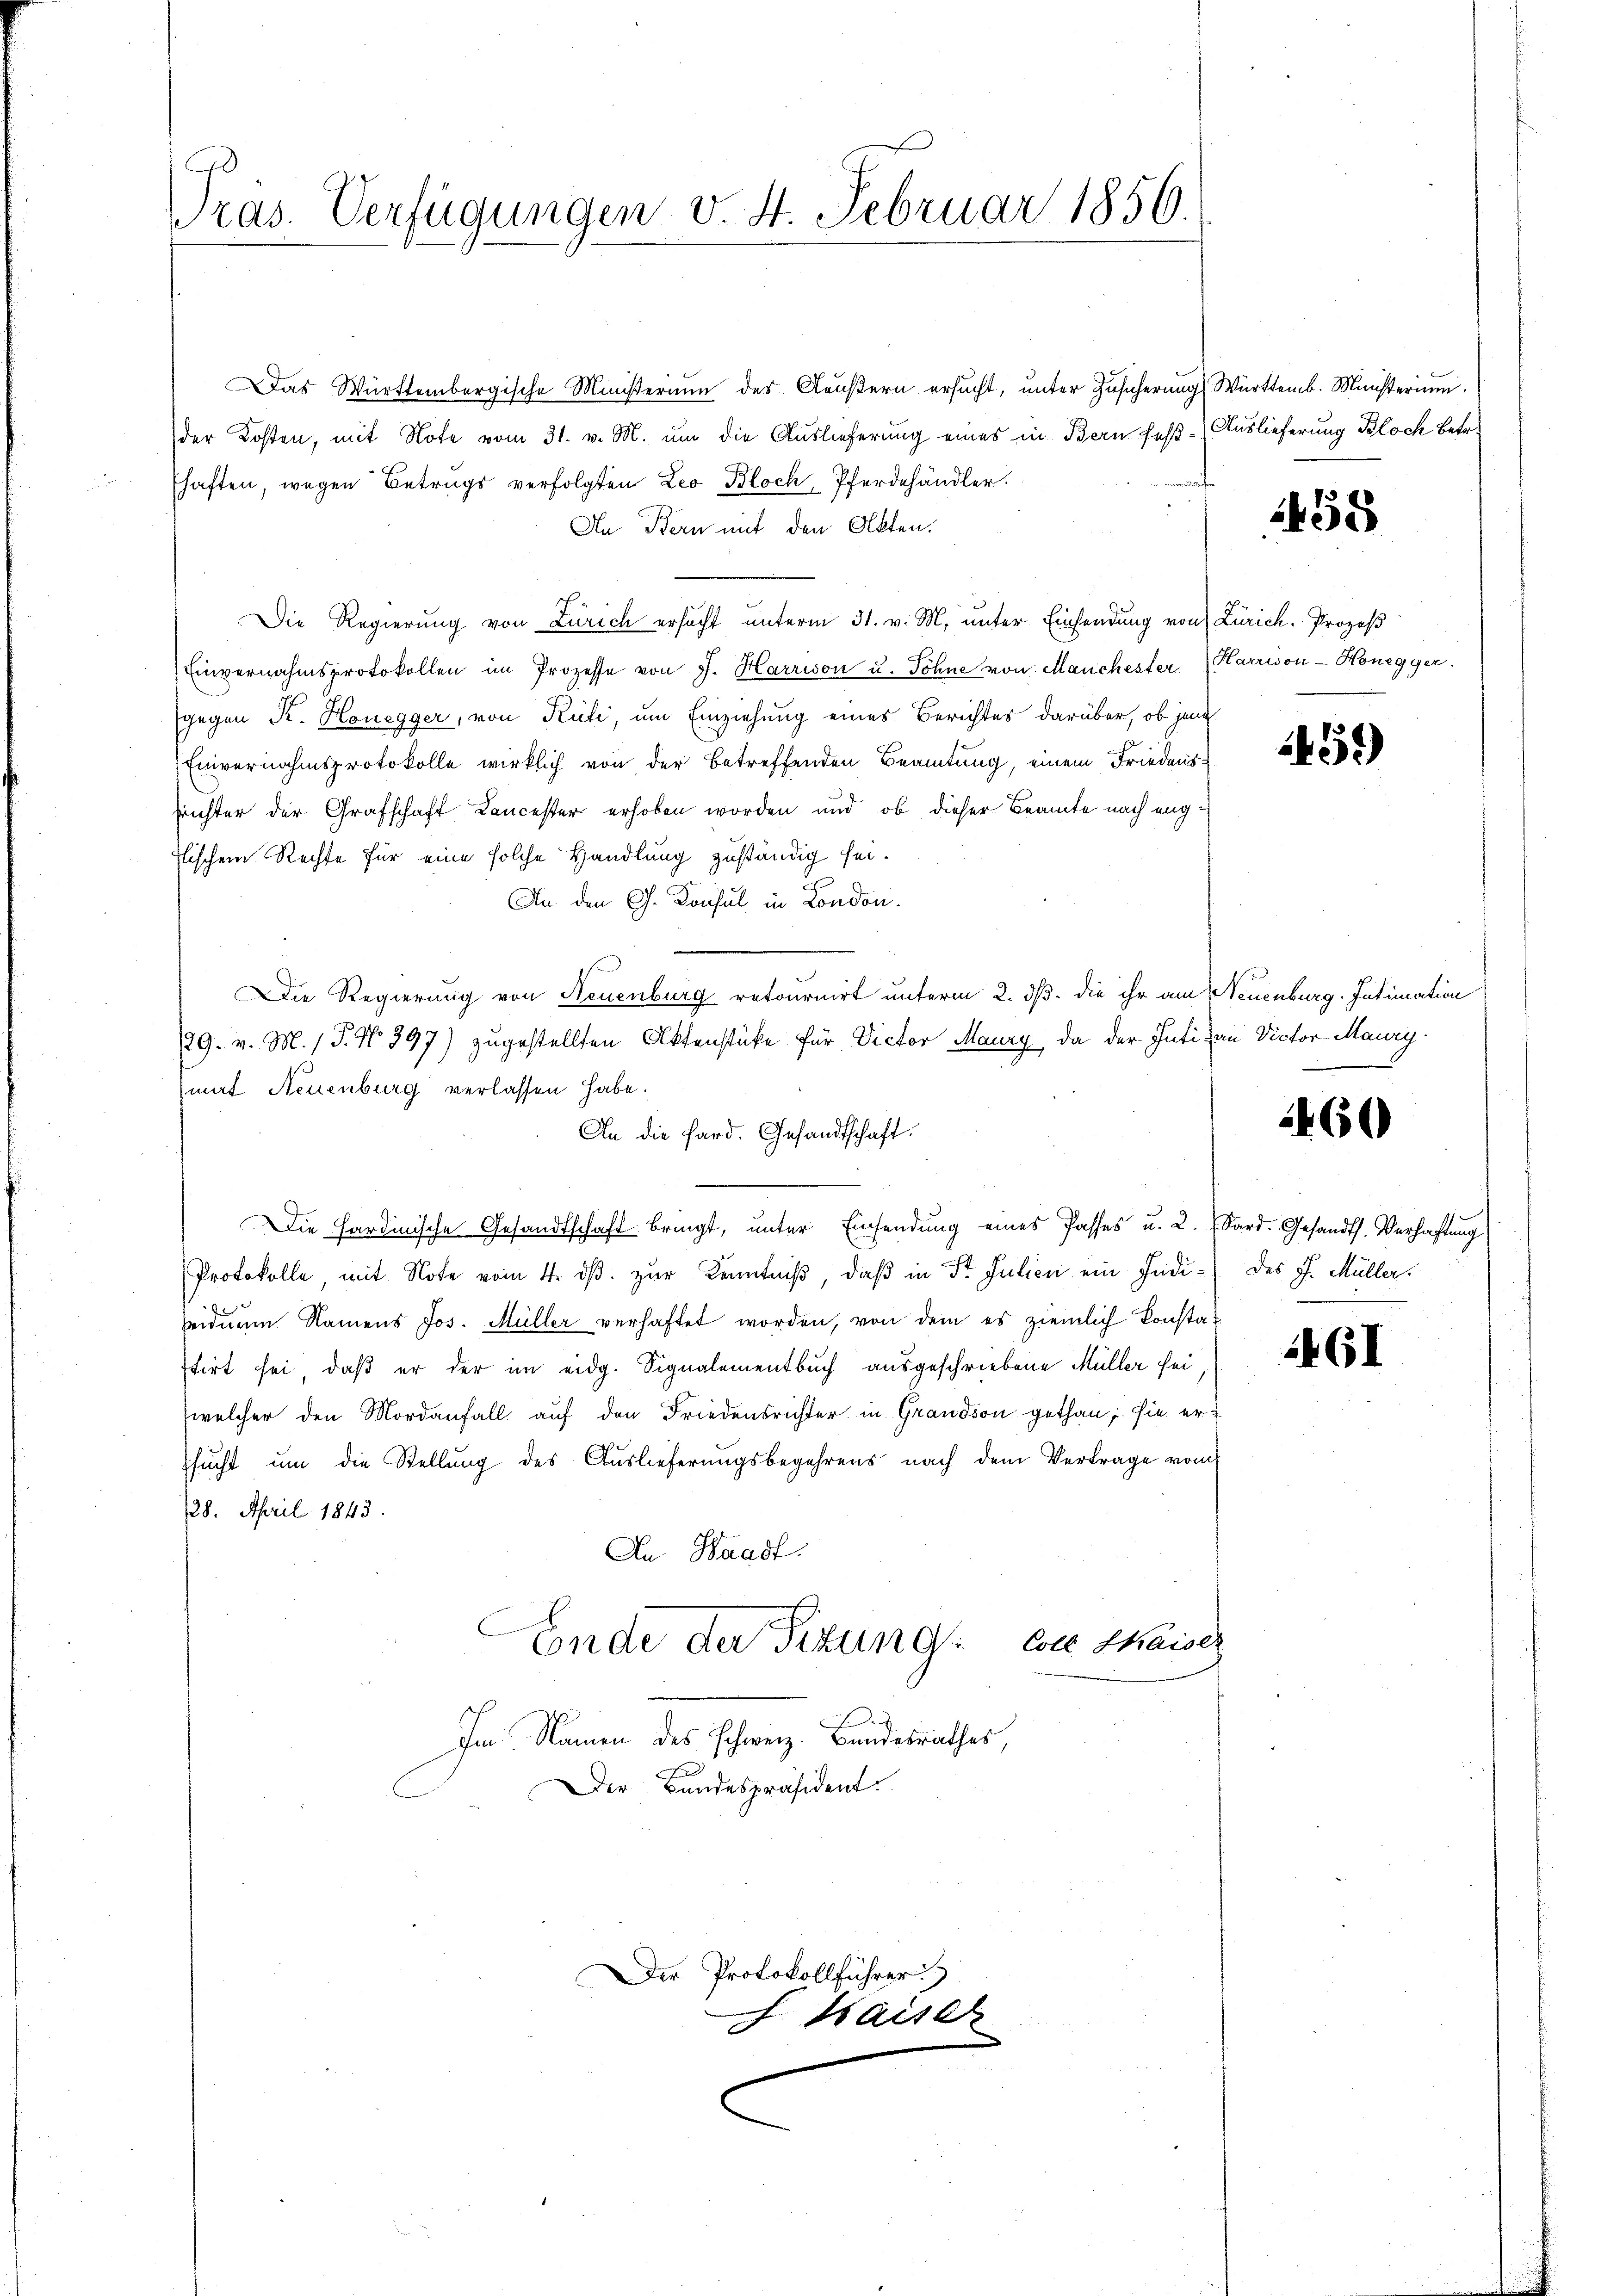
ras. Verfügungen v. 4. Februar 1856.

Das Württembergische Ministerium des Aeußern ersucht, unter Zusicherung Württemb. Ministerium.
der Kosten, mit Note vom 31. v. M. um die Auslieferung eines in Bern Faß - Auslieferung Bloch betr.
haften, wegen Betrags verfolgten Leo Bloch, Pferdehändler.
An Bern mit den Akten.
.
Die Regierung von Zürich ersucht unterm 31. v. M. unter Einsendung von Zürich. Prozeß
Einvernahmsprotokollen im Prozesse von J. Harrison u. Söhne von Manchester Harrion-Honegger.
gegen K. Honegger, von Rüti, um Einziehung eines Berichtes darüber, ob jene
Einvernahmsprotokolle wirklich von der betreffenden Beamtung, einem Friedensrrichter der Grafschaft Cancester erhoben worden und ob dieser Beamte nach engflischem Rechte für eine solche Handlung zuständig sei.
An den G. Konsul in London.
Die Regierung von Neuenburg retournirt unterm 2. dß. die ihr am Neuenburg. Intimation
29. v. M. / P. No. 397) zugestellten Aktenstüke für Victor Maury, da der Inti an Victor Maury
(mat Neuenburg verlassen habe.
An die Sard. Gesandtschaft.
Die Hardinische Gesandtschaft bringt, unter Einsendung eines Passes u. 2. Sard. Gesandts. Verhaftung
Protokolle, mit Note vom 4. ds. zur Kenntniß, daß in Fr. Julien ein Indi- des J. Müller.
seidnum Namens Jos. Müller verhaftet worden, von dem es ziemlich konstat
stirt sei, daß er der im eidg. Signalementbuch ausgeschriebene Müller sei
welcher den Mordanfall auf den Friedensrichter in Grandson gethan; sie erssucht um die Stellung des Auslieferungsbegehrens nach dem Vertrage vom
728. April 1843.
An Waadt.
E
Ende der Fizung wie thaise
Im Namen des Schweiz. Bandesrathes,
Der Bandespräsident.

Der Protokollführer
Kaiser

455

55)

460

461